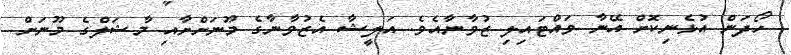
ހޯދަން އުޅެނިކޮށް އޭނާ ވައްޓައިލި ޒުވާނާއެވެ. އަލީޝާ އެޒުވާނާގެ މޫނަށްށާއި މާޝަލްގެ މޫނަށް